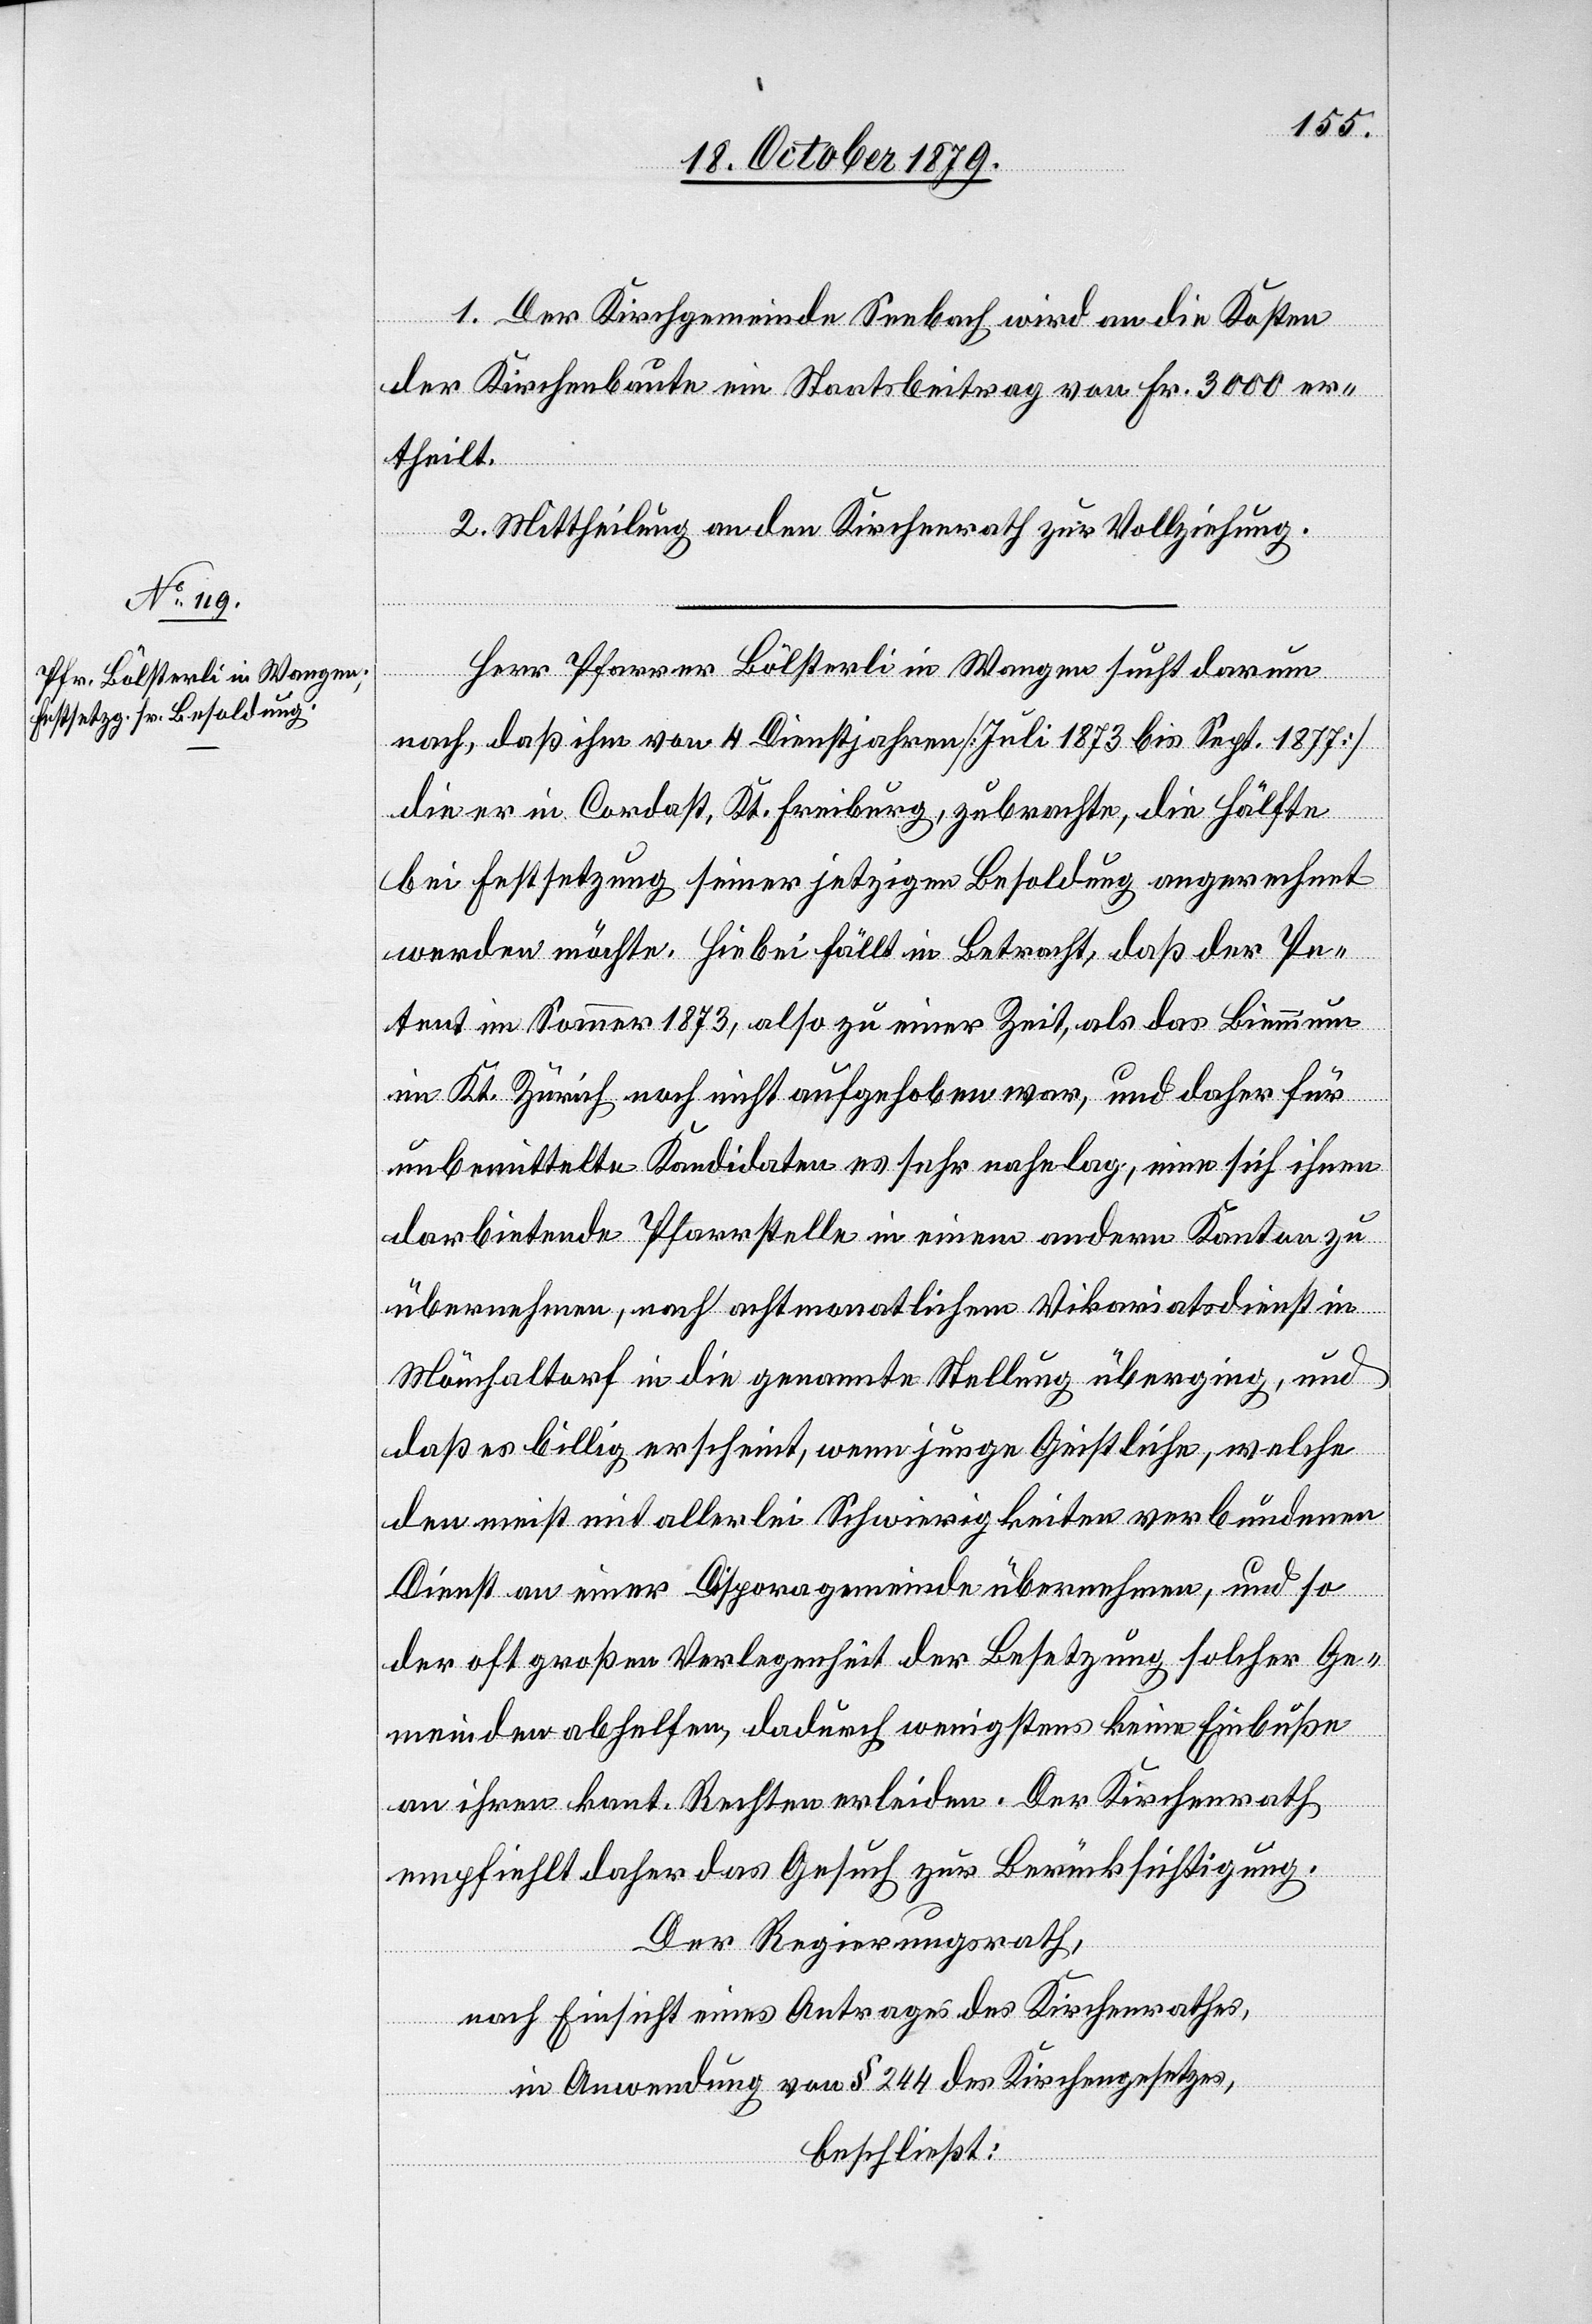
1. Der Kirchgemeinde Seebach wird an die Kosten
der Kirchbaute ein Staatsbeitrag von Fr. 3000 er¬
theilt.
2. Mittheilung an den Kirchenrath zur Vollziehung.
Herr Pfarrer Bölsterli in Wangen sucht darum
nach, daß ihm von 4. Dienstjahren [Juli 1873 bis Sept. 1877]
die er in Cordast, Kt. Freiburg, zubrachte, die Hälfte
bei Festsetzung seiner jetzigen Besoldung angerechnet
werden möchte. Hiebei fällt in Betracht, daß der Pe¬
tent im Sommer 1873, also zu einer Zeit, als das Biennium
im Kt. Zürich noch nicht aufgehoben war, und daher für
unbemittelte Kandidaten es sehr nahe lag, eine sich ihnen
darbietende Pfarrstelle in einem andern Kanton zu
übernehmen, nach achtmonatlichem Vikariatsdienst in
Mönchaltorf in die genannte Stellung überging, und
daß es billig erscheint, junge Geistliche, welche
den meist mit allerlei Schwierigkeiten verbundenen
Dienst an einer Di[a]sporagemeinde übernehmen, und so
der oft großen Verlegenheit der Besetzung solcher Ge¬
meinden abhelfen, dadurch wenigstens keine Einbuße
an ihren kant. Rechten erleiden. Der Kirchenrath
empfiehlt daher das Gesuch zur Berücksichtigung.
Der Regierungsrath,
nach Einsicht eines Antrages des Kirchenrathes,
in Anwendung von § 244 des Kirchengesetzes,
beschließt: